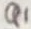
Text: Q1